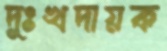
দুঃখদায়ক